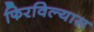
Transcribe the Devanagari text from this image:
फिरविल्यास